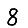
Digit: 8